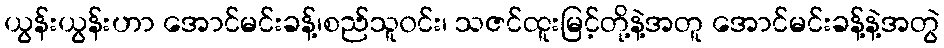
ယွန်းယွန်းဟာ အောင်မင်းခန့်၊စည်သူ၀င်း၊ သဇင်ထူးမြင့်တို့နဲ့အတူ အောင်မင်းခန့်နဲ့အတွဲ